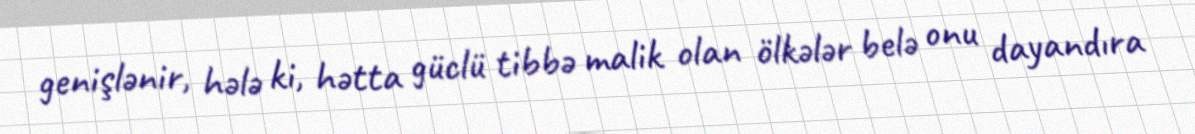
genişlənir, hələ ki, hətta güclü tibbə malik olan ölkələr belə onu dayandıra